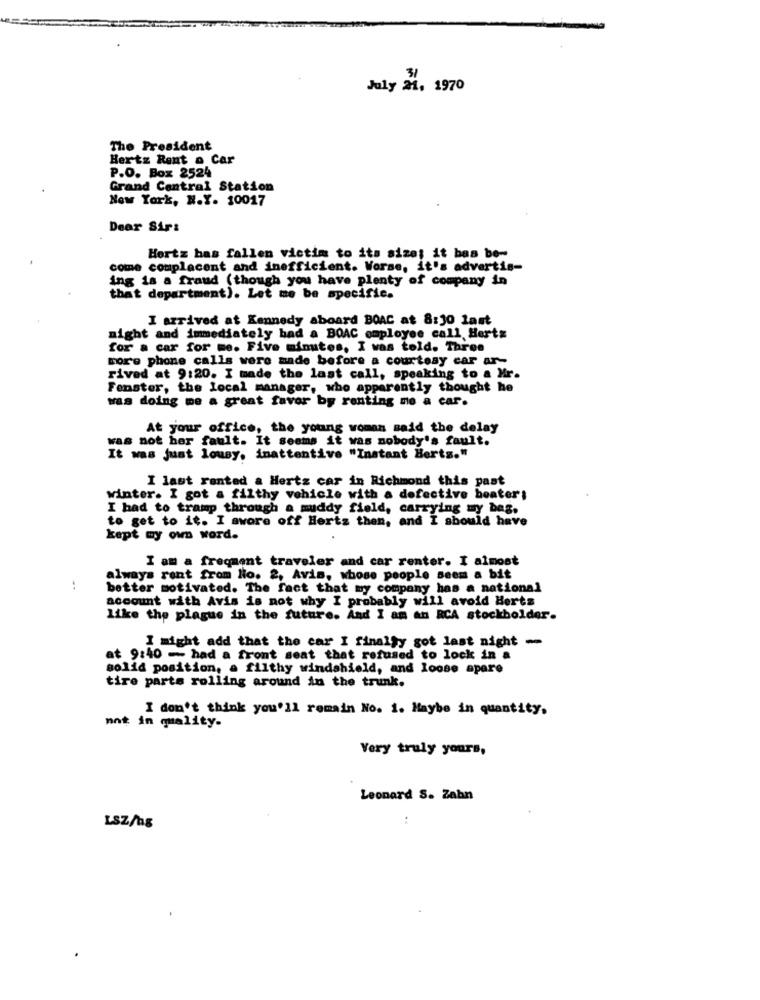
July al. 1970
The President
Hertz Rent a Car
P.O. Box 2524
Grand Central Station
New York, N.Y. 10017
Dear Sir:
Hertz has fallen victim to its size; it bas be-
come complacent and inefficient. Worse, it's advertis-
ing is a fraud (though you have plenty of company in
that department). Let me be specific.
I arrived at Kennedy aboard BOAC at 8:30 last
night and immediately bad a BOAC employee call Hertz
for a car for me. Five minutes, I was told. Three
more phone calls were made before a courtesy car ar-
rived at 9:20. I made the last call, speaking to a Mr.
Fenster, the Local manager, who apparently thought he
was doing me a great favor by renting me a car.
At your office, the young woman said the delay
was not her fault. It seems it was nobody's fault.
It was just lousy. inattentive "Instant Berts."
I last rented a Hertz car in Richmond this past
winter. I got a filthy vehicle with a defective beater:
I had to tramp through a muddy field, carrying my bag,
to get to it. I swore off Hertz then, and I should have
kept my own word.
I am a frequent traveler and car renter. I almost
always rent from No. 2, Avis, whose people seem a bit
better motivated. The fact that my company has a national
account with Avis is not why I probably will avoid Herts
like the plague in the future. And I am an RCA stockholder.
I might add that the car I finally got last night -
at 9:40 - had a front seat that refused to lock in a
solid position, a filthy windshield, and loose apare
tire parts rolling around in the trunk.
I don't think you'll remain No. 1. Maybe in quantity,
mot in quality.
Very truly yours,
Leonard S. Zahn
LSZ/ng